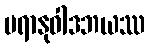
ပရာနုဝါဒဘယဿ